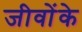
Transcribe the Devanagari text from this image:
जीवोंके